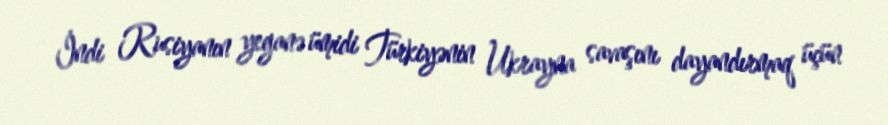
İndi Rusiyanın yeganə ümidi Türkiyənin Ukrayna savaşını dayandırmaq üçün